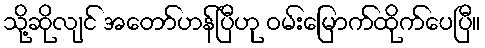
သို့ဆိုလျင် အတော်ဟန်ပြီဟု ဝမ်းမြောက်ထိုက်ပေပြီ။